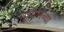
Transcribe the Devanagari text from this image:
मुधोलच्या